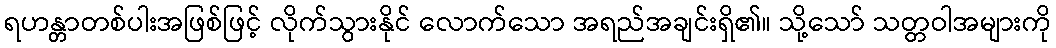
ရဟန္တာတစ်ပါးအဖြစ်ဖြင့် လိုက်သွားနိုင် လောက်သော အရည်အချင်းရှိ၏။ သို့သော် သတ္တဝါအများကို